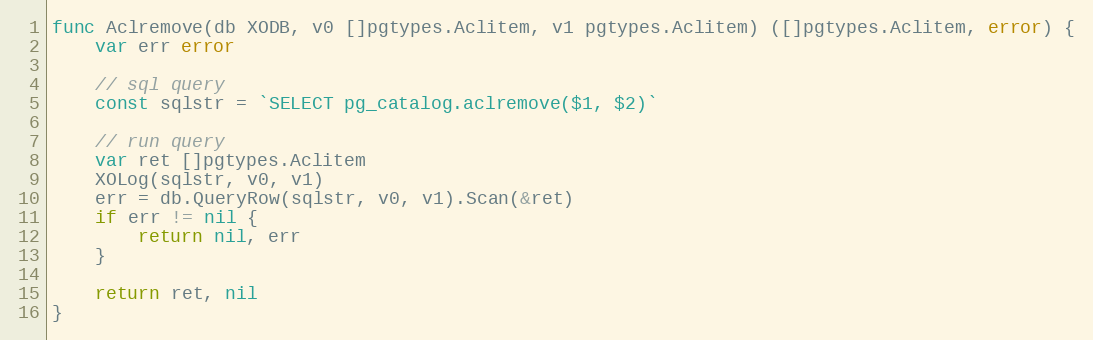
Language: Go
func Aclremove(db XODB, v0 []pgtypes.Aclitem, v1 pgtypes.Aclitem) ([]pgtypes.Aclitem, error) {
	var err error

	// sql query
	const sqlstr = `SELECT pg_catalog.aclremove($1, $2)`

	// run query
	var ret []pgtypes.Aclitem
	XOLog(sqlstr, v0, v1)
	err = db.QueryRow(sqlstr, v0, v1).Scan(&ret)
	if err != nil {
		return nil, err
	}

	return ret, nil
}